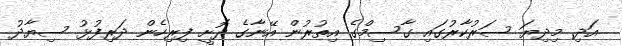
އަދި